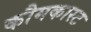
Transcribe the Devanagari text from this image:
कौमकास्ट